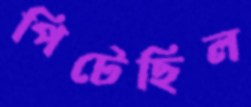
পিটেছিল